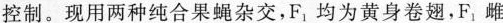
控制。现用两种纯合果蝇杂交，F_{1}均为黄身卷翅，F_{1}雌